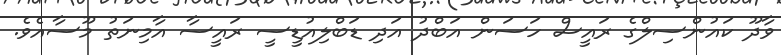
ވާދޫ ކައުންސިލްގެ ރައީސް ހަސަން އަބްދު އަދި ޑަބްލިއުޑީސީ ރައީސާ އާމިނަތު މޫސާއެވެ.